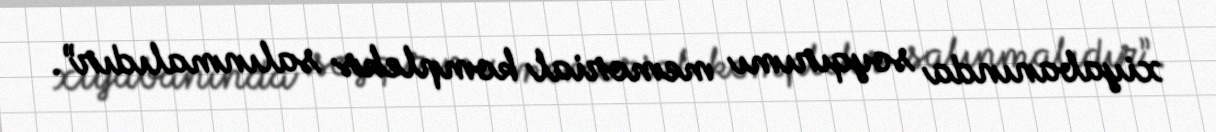
xiyabanında soyqırımı memorial kompleks salınmalıdır”.